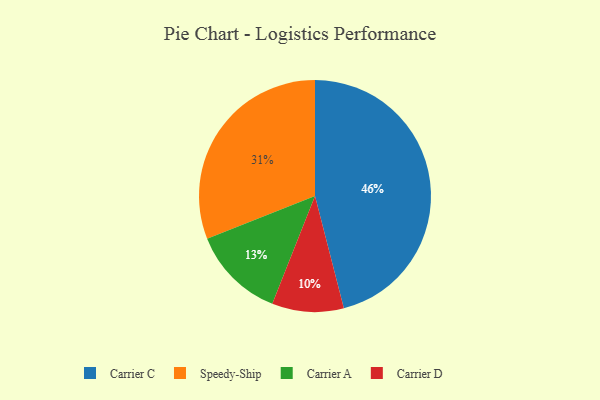
{"axis": {"x": "Category", "y": "Percentage"}, "legend": ["Carrier A", "Carrier C", "Carrier D", "Speedy-Ship"], "data": [{"x": "Carrier C", "y": 46, "type": "Carrier C"}, {"x": "Carrier D", "y": 10, "type": "Carrier D"}, {"x": "Carrier A", "y": 13, "type": "Carrier A"}, {"x": "Speedy-Ship", "y": 31, "type": "Speedy-Ship"}]}